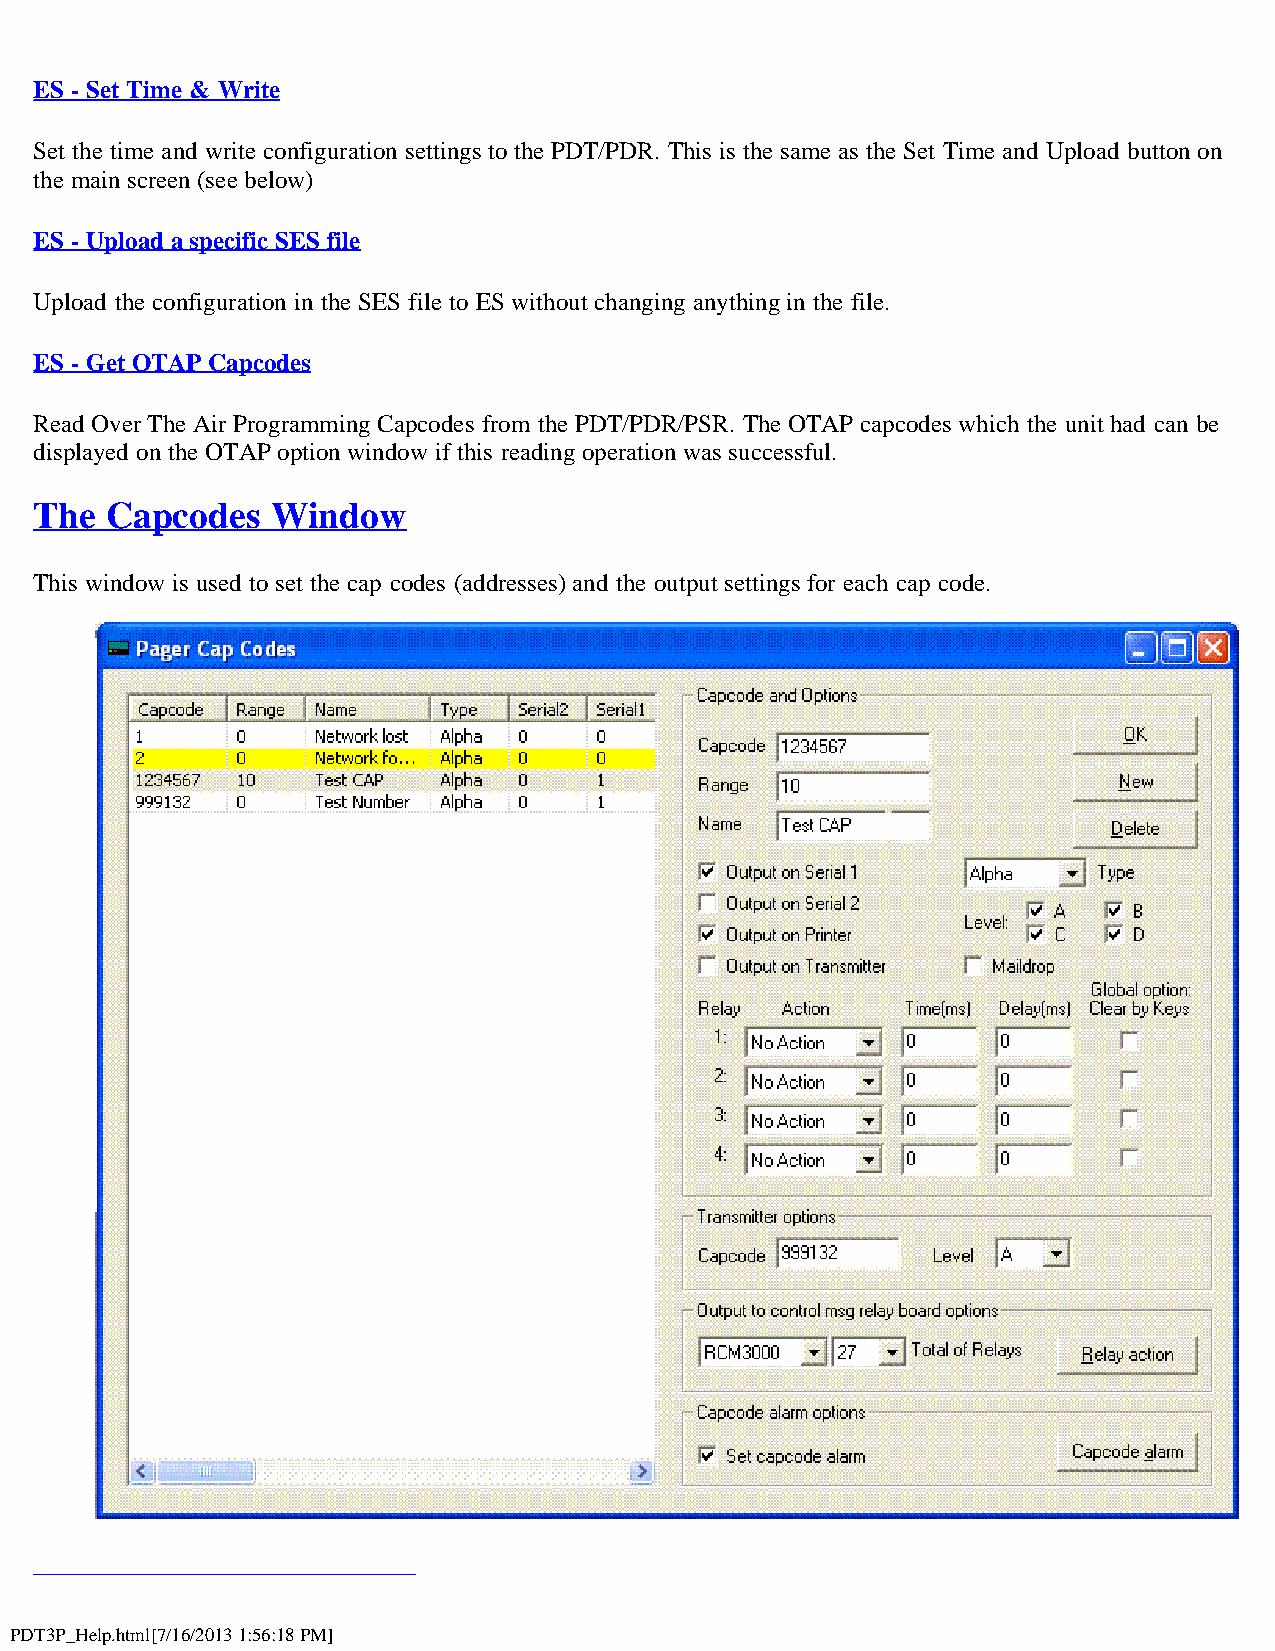
ES - Set Time & Write
 Set the time and write configuration settings to the PDT/PDR. This is the same as the Set Time and Upload button on
 the main screen (see below)
 ES - Upload a specific SES file
 Upload the configuration in the SES file to ES without changing anything in the file.
 ES - Get OTAP Capcodes
 Read Over The Air Programming Capcodes from the PDT/PDR/PSR. The OTAP capcodes which the unit had can be
 displayed on the OTAP option window if this reading operation was successful.
 The  Capcodes   Window
 This window is used to set the cap codes (addresses) and the output settings for each cap code.
 PDT3P_Help.html[7/16/2013 1:56:18 PM]